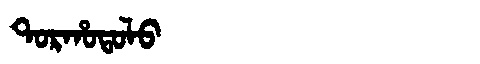
Manchu: ᡨᠣᡵᡥᠣᡨᠣᠯᠣ
Romanization: TORHOTOLO